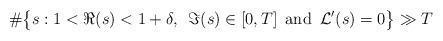
LaTeX: \begin{align*}\# \bigl\{s: 1< \Re (s) < 1+\delta, \,\,\, \Im(s) \in [0,T] \,\,\, \mbox{and} \,\,\, {\mathcal{L}}' (s) =0 \bigr\} \gg T\end{align*}